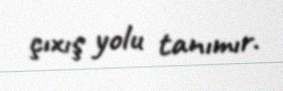
çıxış yolu tanımır.